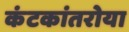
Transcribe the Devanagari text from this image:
कंटकांतरोया